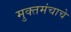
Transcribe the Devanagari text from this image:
मुक्तमंचाचे